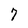
Character: 7